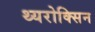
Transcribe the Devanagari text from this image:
थ्यरोक्सिन